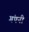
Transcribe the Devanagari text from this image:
गंपनी